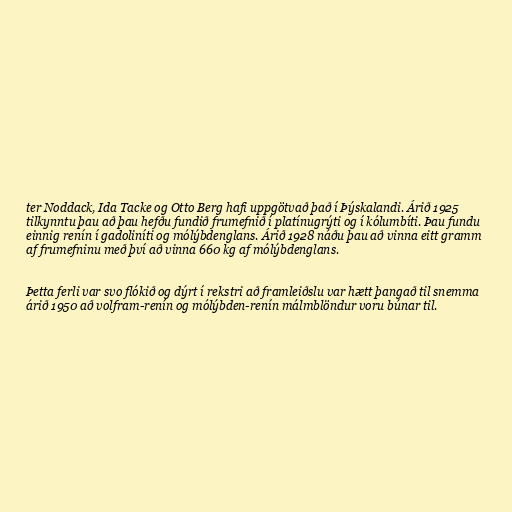
ter Noddack, Ida Tacke og Otto Berg hafi uppgötvað það í Þýskalandi. Árið 1925
tilkynntu þau að þau hefðu fundið frumefnið í platínugrýti og í kólumbíti. Þau fundu
einnig renín í gadoliníti og mólýbdenglans. Árið 1928 náðu þau að vinna eitt gramm
af frumefninu með því að vinna 660 kg af mólýbdenglans.

Þetta ferli var svo flókið og dýrt í rekstri að framleiðslu var hætt þangað til snemma
árið 1950 að volfram-renín og mólýbden-renín málmblöndur voru búnar til.